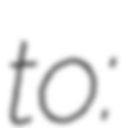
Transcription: to: